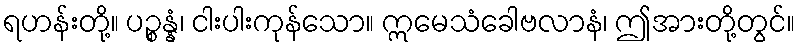
ရဟန်းတို့။ ပဉ္စန္နံ၊ ငါးပါးကုန်သော။ ဣမေသံခေါဗလာနံ၊ ဤအားတို့တွင်။